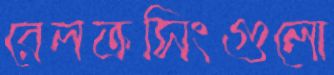
রেলক্রসিংগুলো